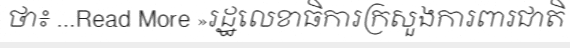
ថា៖ ...Read More »រដ្ឋលេខាធិការក្រសួងការពារជាតិ